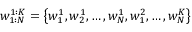
w _ { 1 : N } ^ { 1 : K } = \big \{ w _ { 1 } ^ { 1 } , w _ { 2 } ^ { 1 } , \dots , w _ { N } ^ { 1 } , w _ { 1 } ^ { 2 } , \dots , w _ { N } ^ { K } \big \}